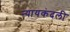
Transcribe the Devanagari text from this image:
न्यायकंदली